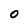
Character: O